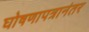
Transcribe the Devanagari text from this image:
घोषणापत्रानंतर